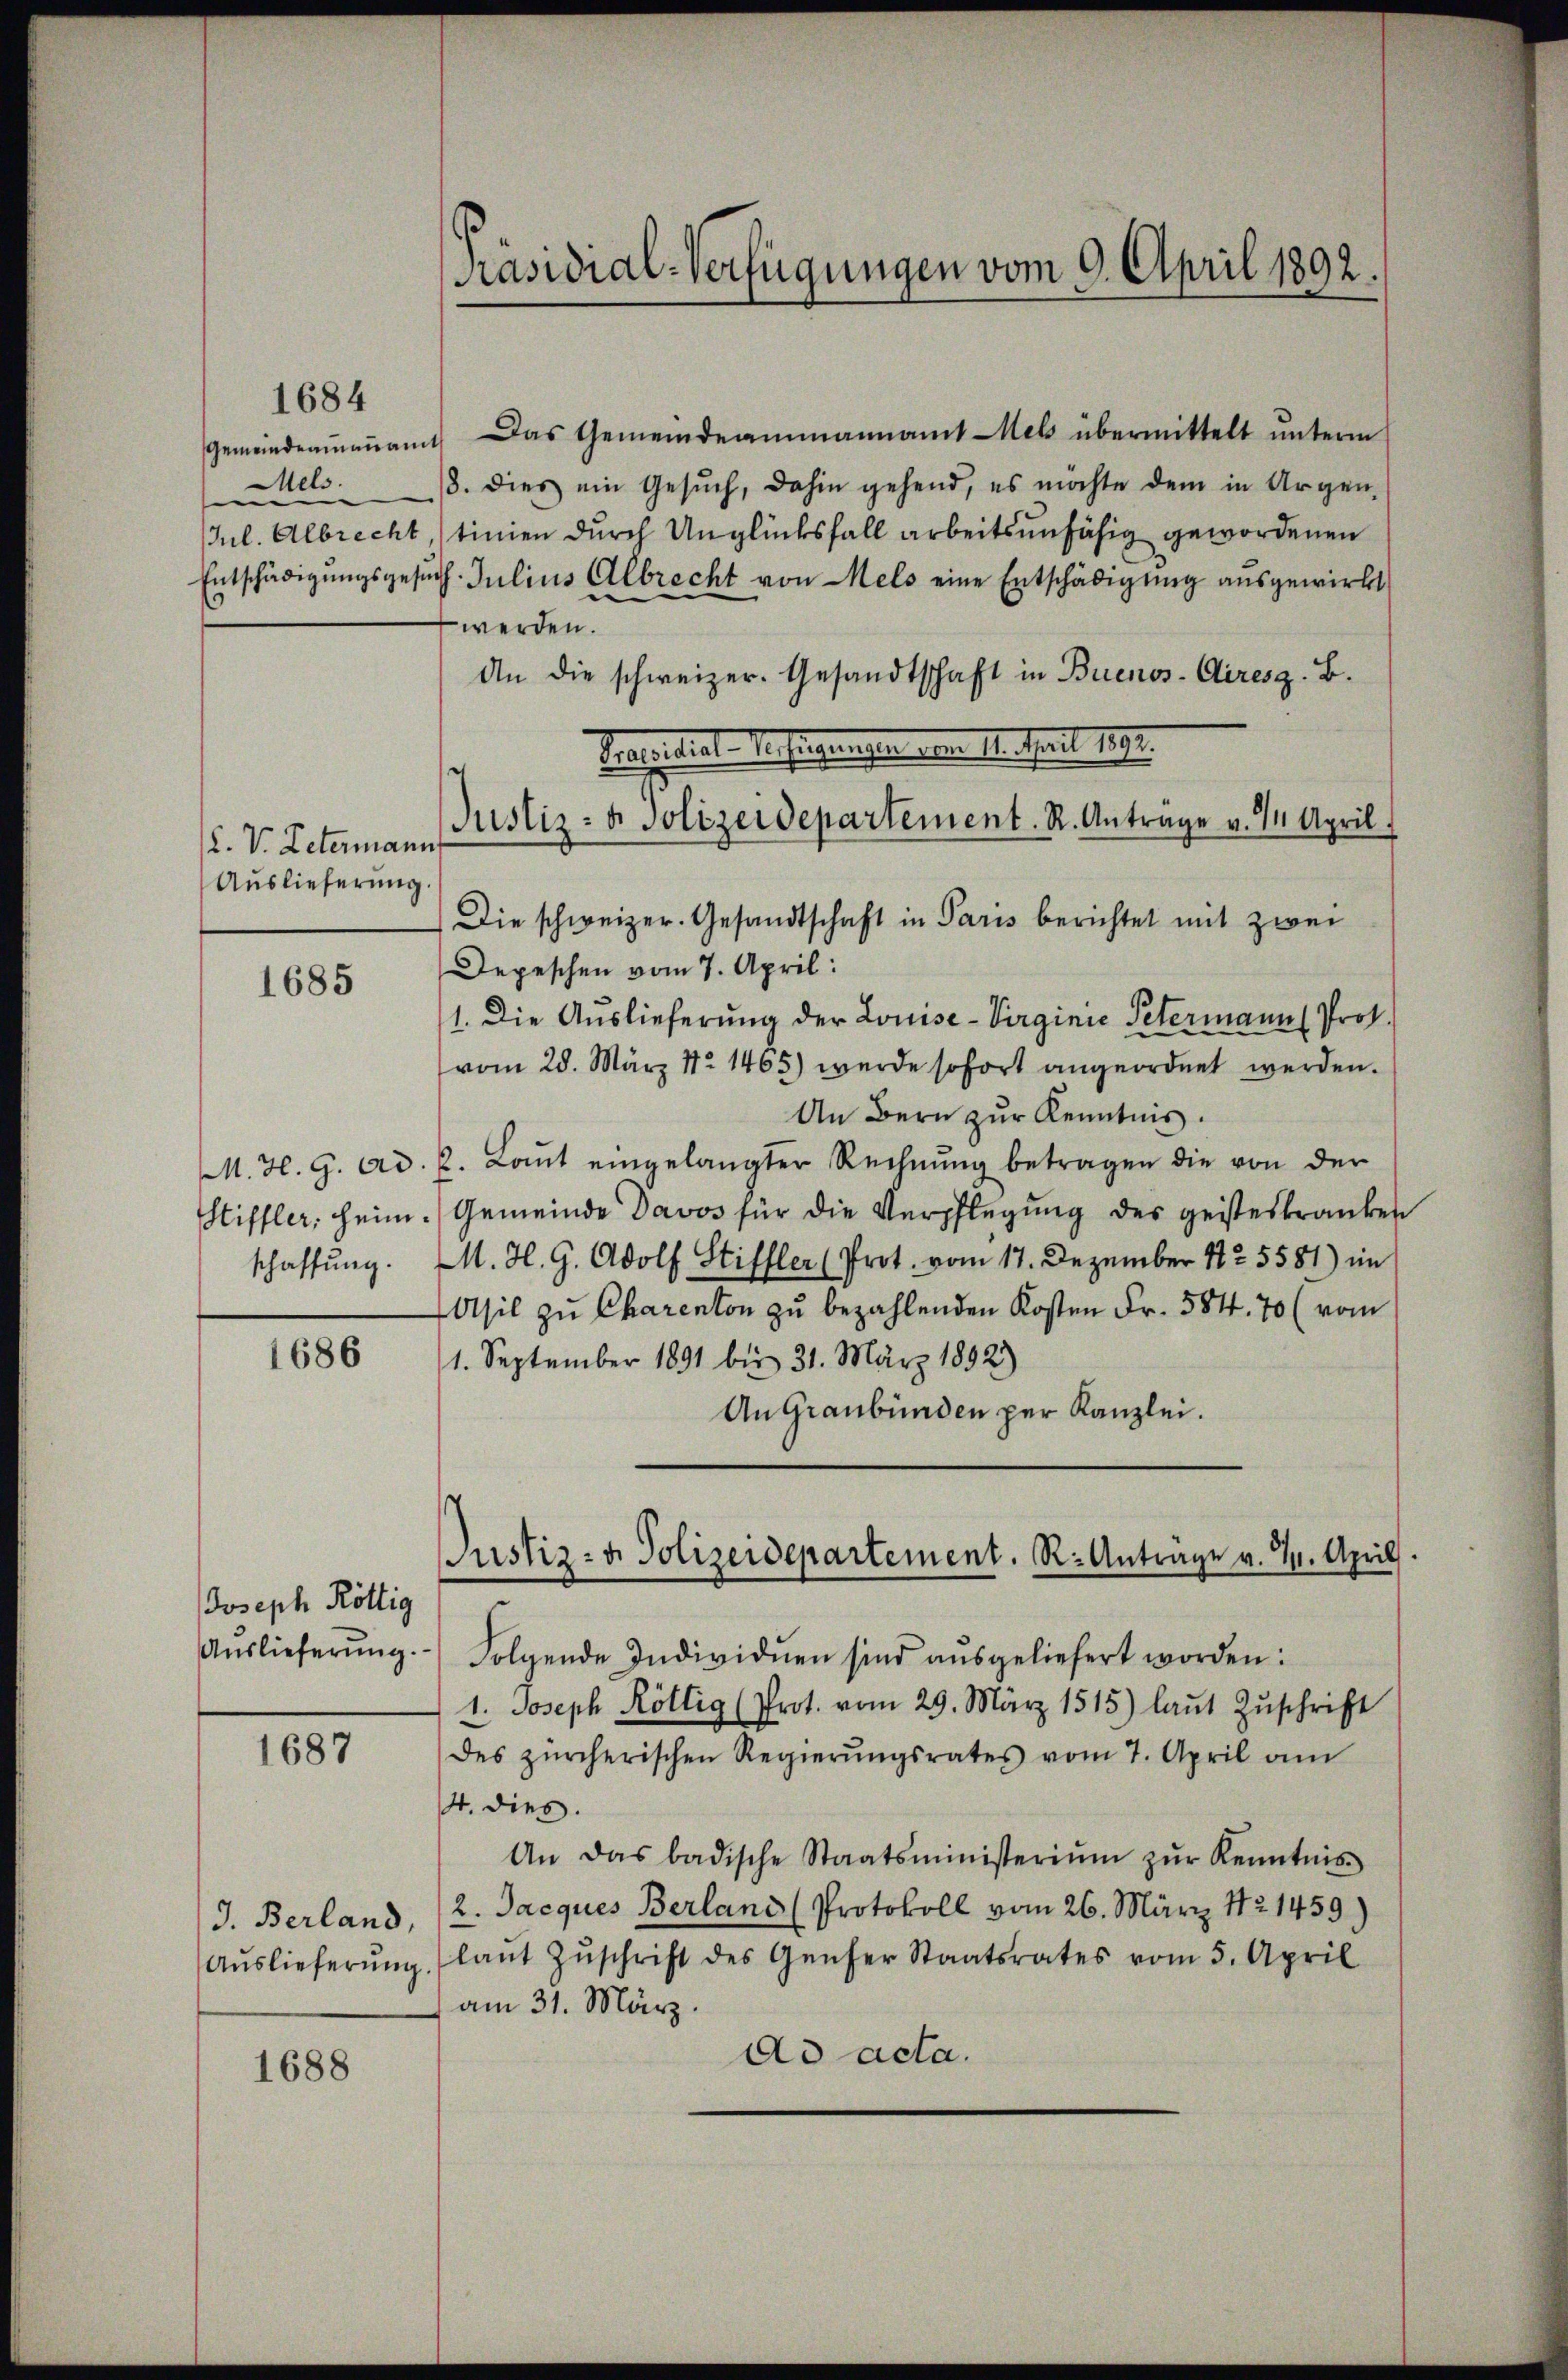
1684

ll

. V. Petermann
Auslieferung.

1685

1688

1686

Joseph Röttig

1687

Gemeindeaṁaṅamt. Das Gemeindeammannamt Wels übermittelt ŭnterm
8. dies ein Gesŭch, dahin gehend, es möchte dem in Argen-
JJul. Albrecht tinien durch Unglücksfall arbeitsunfähig gewordenen
Entschädigŭngsgesuch. Julius Albrecht von Mels eine Entschädigung ausgewirkt
werden.
An die schweizer. Gesandtschaft in Buenos-Aires z. B.
Praesidial-Verfungenissen aber 1. April 1891.
Justiz- & Polizeidepartement. R. Antrage v. 14 April.
Die schweizer. Gesandtschaft in Paris berichtet mit zwei
Depeschen vom 7. April:
1. Die Auslieferung der Louise-Virginie Petermann Prof.
vom 28. März 1. 1465) werde sofort angeordnet werden.
An Bern zur Kenntnis.
M. H. G. Ad. J. Laut eingelangter Rechnŭng betragen die von der
Siffler, Heim. Gemeinde Davos für die Verpflegung des geisteskranken
schaffung. M. H. G. Adolf Stiffler (Prot. vom 17. Dezember 172. 5581) im
Asil zu Charenton zu bezahlenden Kosten Fr. 584. 70 (vom
1. September 1891 bis 31. März 1892)
An Graubünden per Kanzlei.

[Präsidial-Verfügungen vom 9. April 1892.

Justiz- u. Polizeidepartement. R. Antrage v. 4. April.

Aŭslieferŭng. Folgende Individuen sind aŭsgeliefert worden:
1. Joseph Röllig (Prot. vom 29. März 1515) laut Zŭschrift
des zürcherischen Regierŭngsrates vom 7. April am
4. dies.
An das badische Staatsministeriŭm zŭr Kenntnis
J. Berland, (2. Jacques Berland (Protokoll vom 26. März 1821459)
Aŭslieferŭng (laŭt Zŭschrift des Genfer Staatsrates vom 5. April
am 31. März.
ad acta.